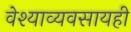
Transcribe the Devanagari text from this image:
वेश्याव्यवसायही